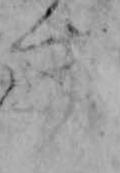
す